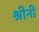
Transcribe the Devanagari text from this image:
श्रीनी